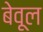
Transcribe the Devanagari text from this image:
बेवूल